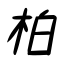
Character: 柏